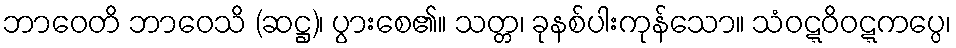
ဘာဝေတိ ဘာဝေသိ (ဆဋ္ဌ)၊ ပွားစေ၏။ သတ္တ၊ ခုနစ်ပါးကုန်သော။ သံဝဋ္ဋဝိဝဋ္ဋကပ္ပေ၊